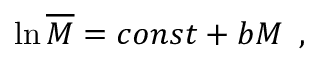
\ln \overline { { M } } = c o n s t + b M \, \, \, ,